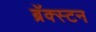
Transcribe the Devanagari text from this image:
ब्रॅक्स्टन